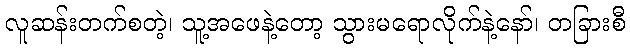
လူဆန်းတက်စတဲ့၊ သူ့အဖေနဲ့တော့ သွားမရောလိုက်နဲ့နော်၊ တခြားစီ